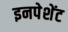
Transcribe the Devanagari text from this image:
इनपेशेंट